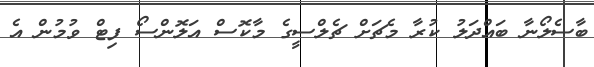
ބާސެލޯނާ ބައްދަލު ކުރާ މެޗަށް ޗެލްސީގެ މާކޮސް އަލޮންސޯ ފިޓް ވުމުން އެ